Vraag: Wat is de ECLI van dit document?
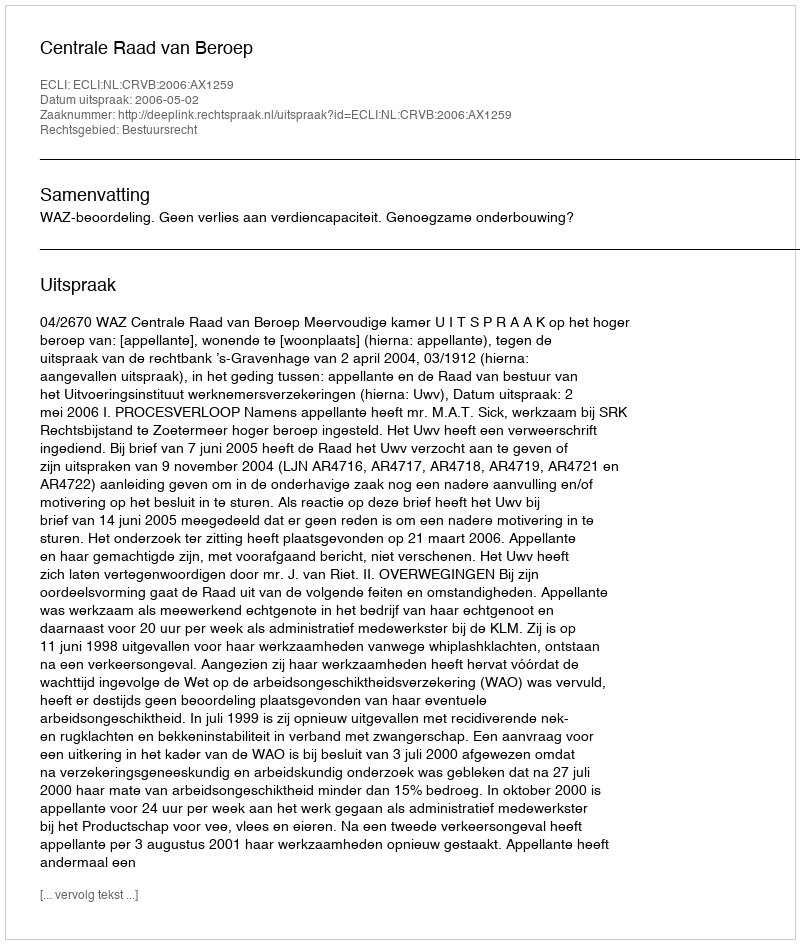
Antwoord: ECLI:NL:CRVB:2006:AX1259